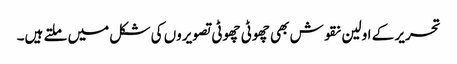
تحریر کے اولین نقوش بھی چھوٹی چھوٹی تصویروں کی شکل میں ملتے ہیں۔